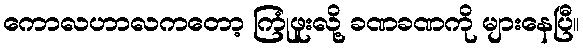
ကောလဟာလကတော့ ကြုံဖူးလို့ ခဏခဏကို များနေပြီ။